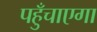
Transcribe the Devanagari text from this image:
पहुँचाएगा